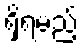
ရှိရမည့်